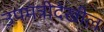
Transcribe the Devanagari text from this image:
उपमंत्रीदेखील